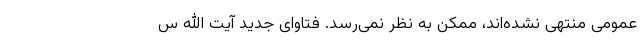
عمومی منتهی نشده‌اند، ممکن به نظر نمی‌رسد. فتاوای جدید آیت الله س